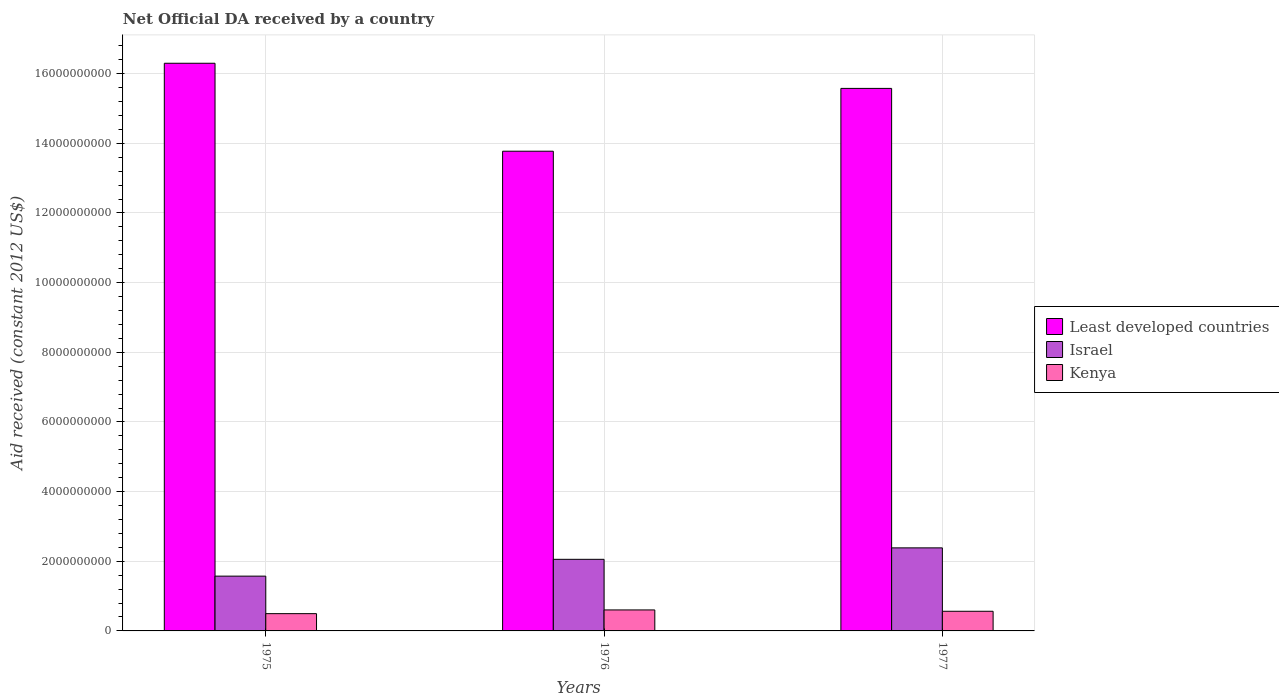
| Years | Least developed countries | Israel | Kenya |
 | --- | --- | --- | --- |
 | 1975 | 1.63e+10 | 1.57e+09 | 4.96e+08 |
 | 1976 | 1.38e+10 | 2.06e+09 | 6.03e+08 |
 | 1977 | 1.56e+10 | 2.38e+09 | 5.64e+08 |